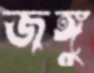
জঙ্গু